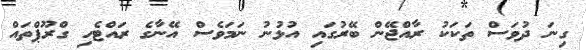
ގިނަ ދުވަސް ތަކަކު ރާއްޖޭން ބޭރުގައި އުޅުނު ނަމަވެސް އޭނާގެ ރައްޓެހި ގްރޫޕްތައް